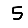
Digit: 5